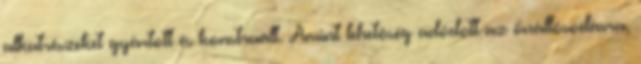
alkatrészeket gyártott és konstruált. Amint lehetôség adódott az önállósodásra,